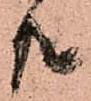
共